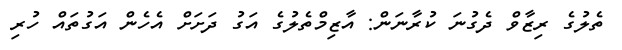
ތެލުގެ ރިޒާވް ދެގުނަ ކުރާނަން: އާޒިމްތެލުގެ އަގު ދަށަށް އެހެން އަގުތައް ހުރި